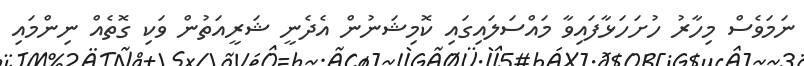
ނަމަވެސް މިހާރު ހުށަހަޅާފައިވާ މައްސަލައިގައި ކޮމިޝަނުން އެދެނީ ޝަރީއަތުން ވަކި ގޮތެއް ނިންމައި